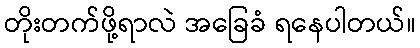
တိုးတက်ဖို့ရာလဲ အခြေခံ ရနေပါတယ်။